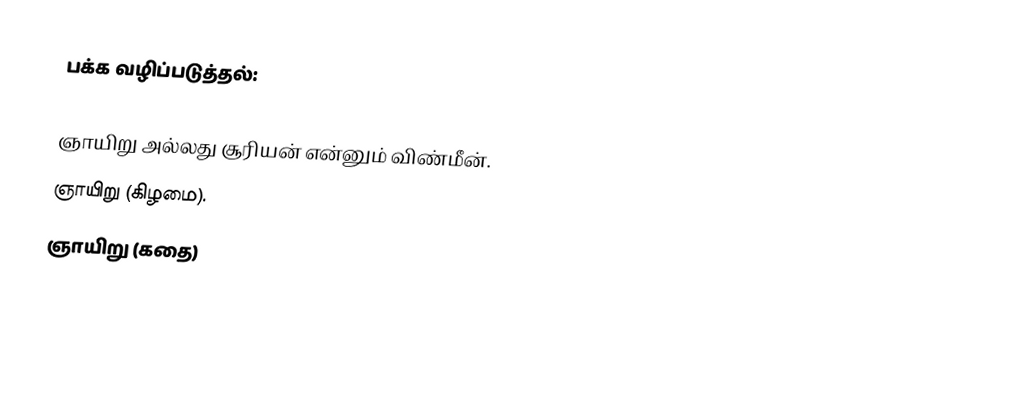
பக்க வழிப்படுத்தல்:

 ஞாயிறு அல்லது சூரியன் என்னும் விண்மீன்.
 ஞாயிறு (கிழமை).
 ஞாயிறு (கதை)